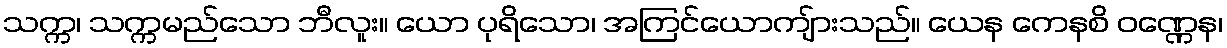
သက္က၊ သက္ကမည်သော ဘီလူး။ ယော ပုရိသော၊ အကြင်ယောကျ်ားသည်။ ယေန ကေနစိ ဝဏ္ဏေန၊